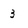
Character: 3